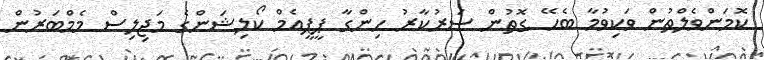
ކޮމަންވެލްތުން ވަކިވުމާ ބެހޭ ގޮތުން ސަރުކާރު ހިންގާ ޕީޕީއެމް ކޯލިޝަންގެ މަޖިލިސް މެމްބަރުން